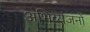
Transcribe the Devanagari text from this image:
अभिव्यंजनों